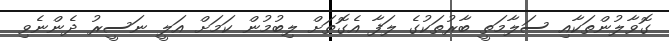
ގޮވާލުންތަކާއި ސަލާމަތީ ބާރުތަކުގެ ލަފާ އެގޮތަށް ލިބުމުން ކަމަށް އަލީ ނަސީރު ދެންނެވި